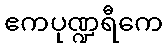
ဧကပုဏ္ဍရီကေ